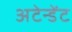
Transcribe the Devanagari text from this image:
अटेन्डेंट